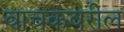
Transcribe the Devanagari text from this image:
वाचकवरील